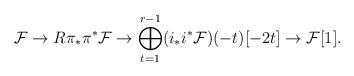
LaTeX: \begin{align*}\mathcal F\to R\pi_\ast\pi^\ast\mathcal F\to \bigoplus_{t=1}^{r-1}(i_\ast i^\ast\mathcal F)(-t)[-2t]\to\mathcal F[1].\end{align*}